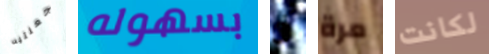
جعلتيه بسهوله فى مرة لكانت